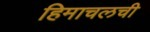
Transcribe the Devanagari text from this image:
हिमाचलची